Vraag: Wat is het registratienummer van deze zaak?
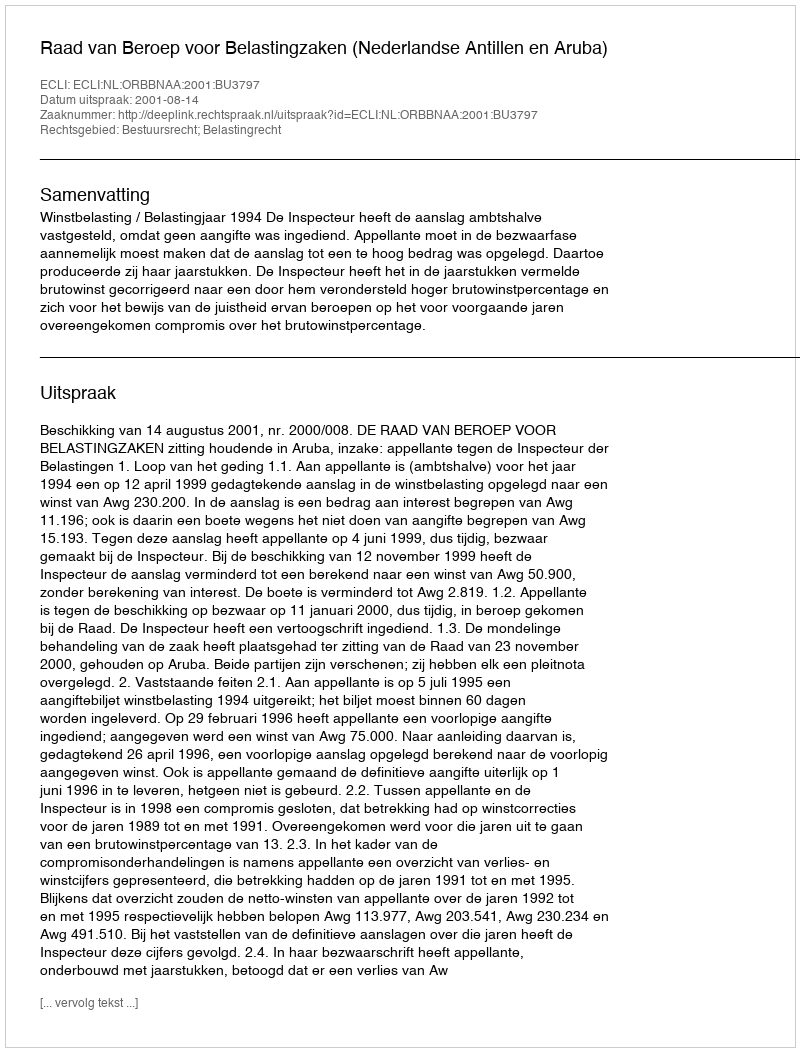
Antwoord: http://deeplink.rechtspraak.nl/uitspraak?id=ECLI:NL:ORBBNAA:2001:BU3797